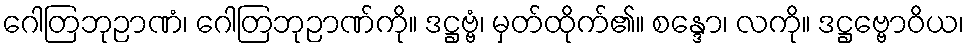
ဂေါတြဘုဉာဏံ၊ ဂေါတြဘုဉာဏ်ကို။ ဒဋ္ဌဗ္ဗံ၊ မှတ်ထိုက်၏။ စန္ဒော၊ လကို။ ဒဋ္ဌဗ္ဗောဝိယ၊